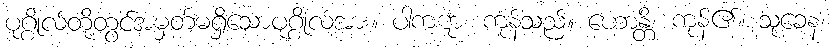
ပုဂ္ဂိုလ်တို့တွင်အမှတ်မရှိသောပုဂ္ဂိုလ်အား။ ပါကဋာ၊ ကုန်သည်။ ဟောန္တိ၊ ကုန်၏။ သုခေန၊